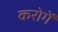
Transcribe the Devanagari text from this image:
करोगें